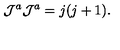
{ \cal J } ^ { a } { \cal J } ^ { a } = j ( j + 1 ) .